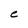
Character: C